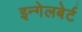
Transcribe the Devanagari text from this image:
इन्गेलबेर्ट